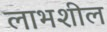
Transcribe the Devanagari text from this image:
लाभशील